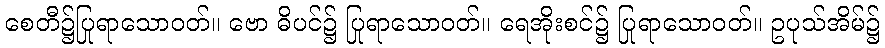
စေတီ၌ပြုရာသောဝတ်။ ဗော ဓိပင်၌ ပြုရာသောဝတ်။ ရေအိုးစင်၌ ပြုရာသောဝတ်။ ဥပုသ်အိမ်၌